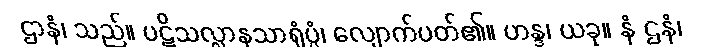
ဌာနံ၊ သည်။ ပဋိသလ္လာနသာရုံပ္ပံ၊ လျောက်ပတ်၏။ ဟန္ဒ၊ ယခု။ နံ ဌနံ၊